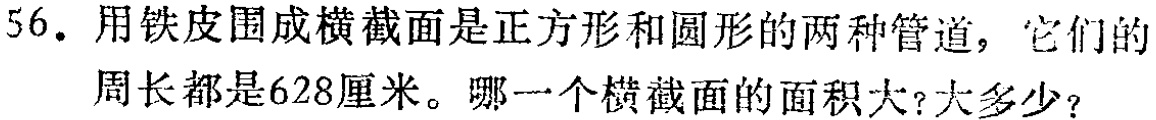
56. 用铁皮围成横截面是正方形和圆形的两种管道，它们的

周长都是628厘米。哪一个横截面的面积大？大多少？